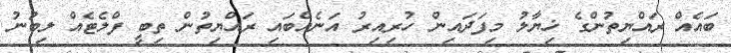
ބައެއް ރައްޔިތުންގެ ޚިޔާލު މިފަދައިން ހުރިއިރު އަނެއްބައި ރައްޔިތުން ތިބީ ފްލެޓެއް ލިބުނު